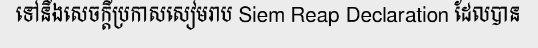
ទៅនឹងសេចក្តីប្រកាសសៀមរាប Siem Reap Declaration ដែលបាន